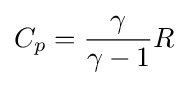
C_{p}={\frac {\gamma }{\gamma -1}}R